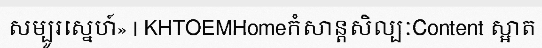
សម្បូរស្នេហ៍» | KHTOEMHomeកំសាន្តសិល្បៈContent ស្អាត